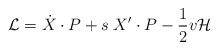
LaTeX: \begin{align*}{\cal L} = \dot X\cdot P + s\; X'\cdot P -{1\over2}v {\cal H}\end{align*}